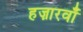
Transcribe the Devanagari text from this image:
हज़ारवाँ